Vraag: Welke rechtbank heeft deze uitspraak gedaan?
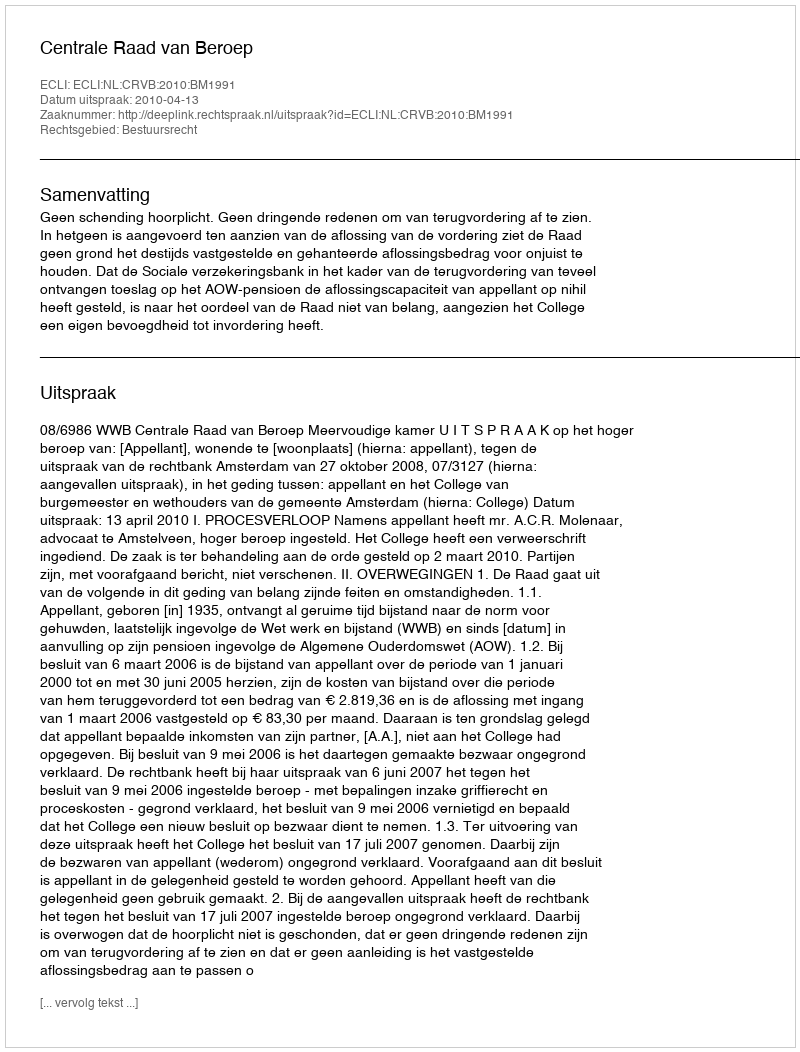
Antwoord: Centrale Raad van Beroep